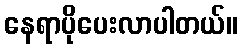
နေရာပိုပေးလာပါတယ်။